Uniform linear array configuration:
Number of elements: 64
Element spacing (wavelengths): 0.75
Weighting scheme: hann
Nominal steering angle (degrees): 60
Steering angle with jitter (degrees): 60.935
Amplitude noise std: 0.05
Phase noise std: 0.05

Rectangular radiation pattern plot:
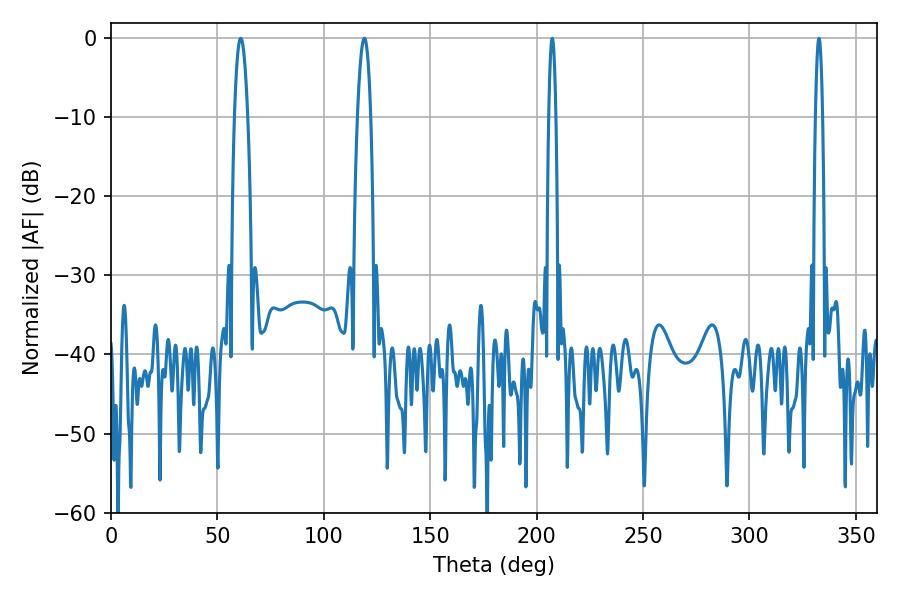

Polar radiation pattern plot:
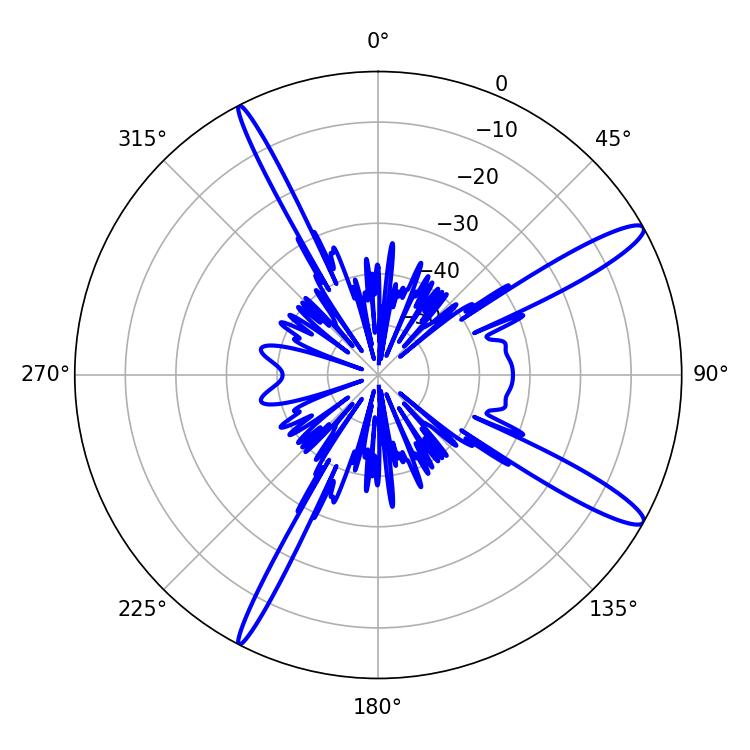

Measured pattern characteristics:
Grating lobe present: TRUE
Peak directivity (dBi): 13.874
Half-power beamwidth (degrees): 1.8
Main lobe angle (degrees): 332.64